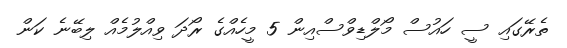
ތެރޭގައި ސީ ހައުސް މޯލްޑިވްސްއިން 5 މީހެއްގެ ރޯދަ ވިއްލުމެއް ލިބޭނެ ކަން